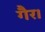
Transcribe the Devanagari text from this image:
गैर।